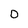
Character: o